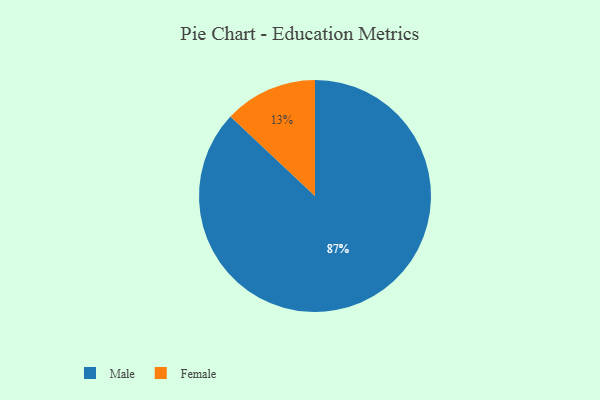
{"axis": {"x": "Category", "y": "Percentage"}, "legend": ["Female", "Male"], "data": [{"x": "Male", "y": 87, "type": "Male"}, {"x": "Female", "y": 13, "type": "Female"}]}